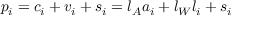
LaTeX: p _ { i } = c _ { i } + v _ { i } + s _ { i } = l _ { A } a _ { i } + l _ { W } l _ { i } + s _ { i }